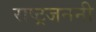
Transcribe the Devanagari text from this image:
राष्ट्रजननी